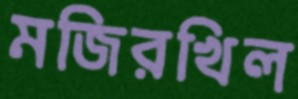
মজিরখিল